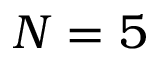
N = 5